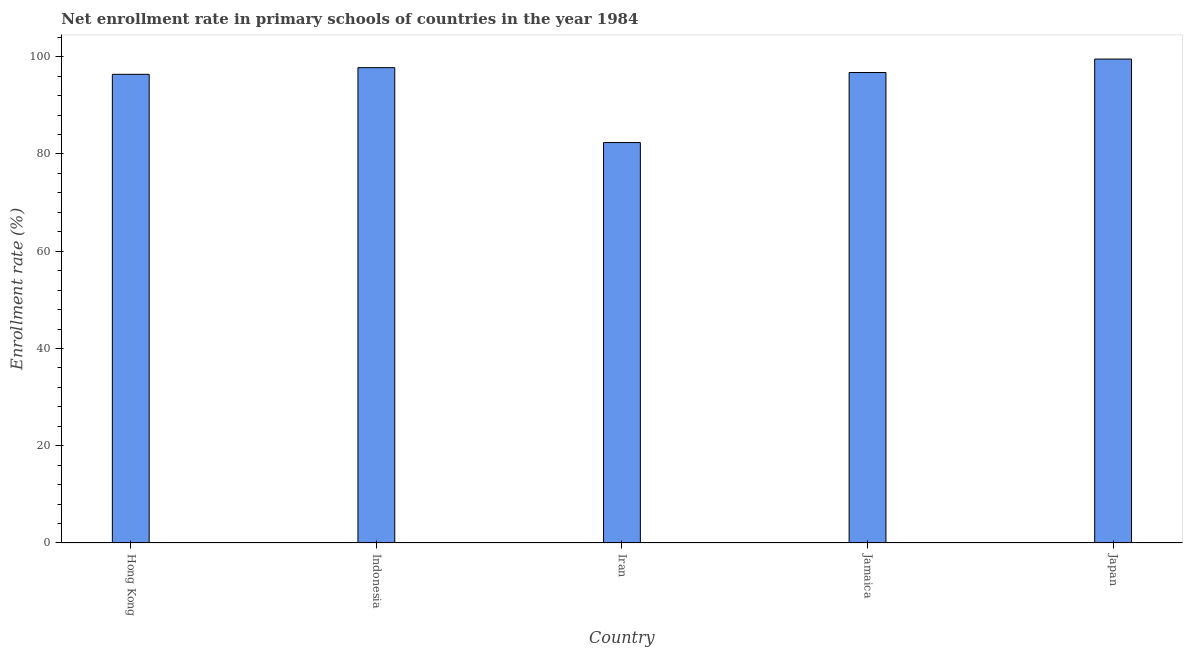
| Country | Adjusted net enrolment rate |
 | --- | --- |
 | Hong Kong | 96.4 |
 | Indonesia | 97.8 |
 | Iran | 82.4 |
 | Jamaica | 96.8 |
 | Japan | 99.5 |